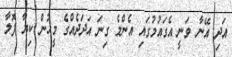
އަދި އޭނާ ވަނީ އެގައުމުގައި އެންމެ ގިނަ އަދަދެއްގެ މީހުން ކިޔާ ފޮލާ